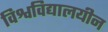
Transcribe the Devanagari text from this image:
विश्वविद्यालयीन